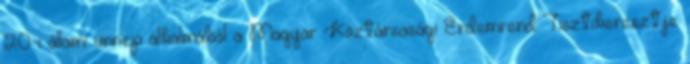
20-i állami ünnep alkalmából a Magyar Köztársasági Érdemrend Tisztikeresztje